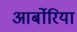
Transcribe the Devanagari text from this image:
आर्बोरिया